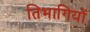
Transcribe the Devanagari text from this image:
तिभागियों